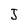
Character: J